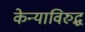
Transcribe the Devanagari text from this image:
केन्याविरुद्ध